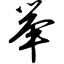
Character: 举